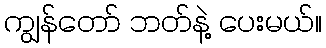
ကျွန်တော် ဘတ်နဲ့ ပေးမယ်။